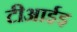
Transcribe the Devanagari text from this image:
टीआईइ